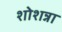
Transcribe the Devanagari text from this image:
शोशन्ना